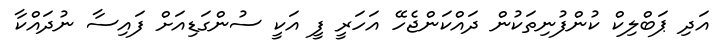
އަދި ޕަބްލިކް ކުންފުނިތަކުން ދައްކަންޖެހޭ އަހަރީ ފީ އަކީ ސުންގަޑިއަށް ފައިސާ ނުދައްކާ